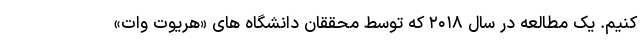
کنیم. یک مطالعه در سال ۲۰۱۸ که توسط محققان دانشگاه های «هریوت وات»